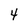
Character: 4